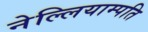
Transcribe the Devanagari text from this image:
नेल्लियाम्पति